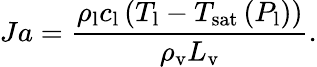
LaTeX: Ja=\frac{\rho_{\mathrm{l}}c_{\mathrm{l}}\left(T_{\mathrm{l}}-T_{\mathrm{sat}}\left(P_{\mathrm{l}}\right)\right)}{\rho_{\mathrm{v}}L_{\mathrm{v}}}.